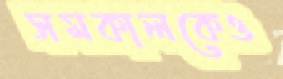
সমকালকেও